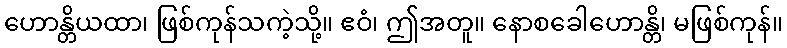
ဟောန္တိယထာ၊ ဖြစ်ကုန်သကဲ့သို့။ ဧဝံ၊ ဤအတူ။ နောစခေါဟောန္တိ၊ မဖြစ်ကုန်။